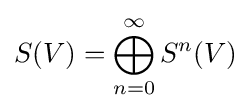
S(V)=\bigoplus _{n=0}^{\infty }S^{n}(V)